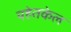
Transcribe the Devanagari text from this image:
यहेतकेल